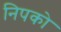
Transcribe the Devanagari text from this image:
निपको